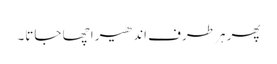
پھر ہر طرف اندھیرا چھا جاتا۔